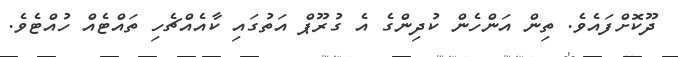
ދޫކޮށްފައެވެ. ތިން އަންހެން ކުދިންގެ އެ ގުރޫޕް އަތުގައި ކާއެއްޗެހި ތައްޓެއް ހުއްޓެވެ.